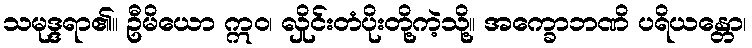
သမုဒ္ဒရာ၏။ ဦမိယော ဣဝ၊ လှိုင်းတံပိုးတို့ကဲ့သို့။ အက္ခောဘဏိ ပရိယန္တော၊